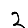
Digit: 2